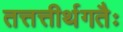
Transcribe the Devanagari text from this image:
तत्तत्तीर्थगतैः